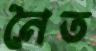
নৈত